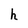
Character: h